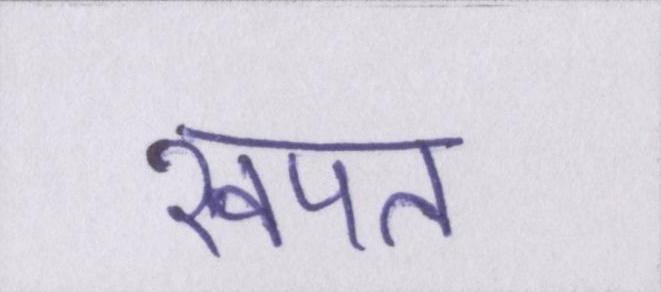
खपत